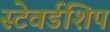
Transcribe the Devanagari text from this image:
स्टेवर्डशिप